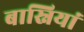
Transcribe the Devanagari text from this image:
बास्नियां